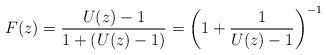
LaTeX: \begin{align*}F(z)=\frac{U(z)-1}{1+(U(z)-1)}=\left(1+\frac{1}{U(z)-1}\right)^{-1} \end{align*}